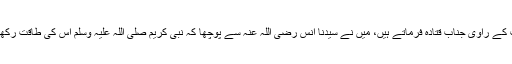
اس حدیث کے راوی جناب قتادہ فرماتے ہیں، میں نے سیدنا انس رضی اللہ عنہ سے پوچھا کہ نبی کریم صلی اللہ علیہ وسلم اس کی طاقت رکھتے تھے۔